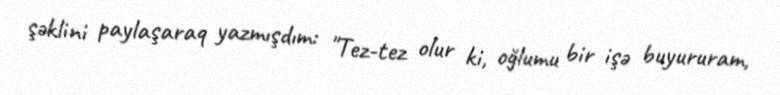
şəklini paylaşaraq yazmışdım: "Tez-tez olur ki, oğlumu bir işə buyururam,